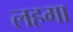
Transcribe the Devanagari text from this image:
लहगा